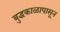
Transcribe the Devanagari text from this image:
बुद्धकाळापासून